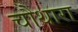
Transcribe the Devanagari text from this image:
चौथारा